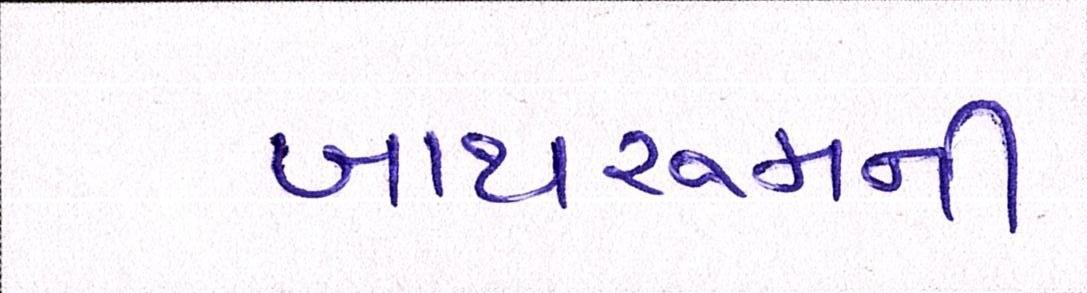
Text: બાથરૂમની